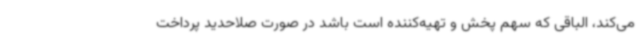
می‌کند، الباقی که سهم پخش و تهیه‌کننده است باشد در صورت صلاحدید پرداخت